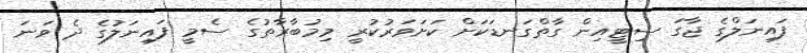
ފައިނަލްގެ ޖާގަ ސިޓީއިން ގާތްގަނޑަކަށް ކަށަވަރުކުރީ މިމުބާރާތުގެ ސެމީ ފައިނަލުގެ ދެ ވަނަ